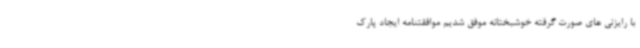
با رایزنی های صورت گرفته خوشبختانه موفق شدیم موافقتنامه ایجاد پارک